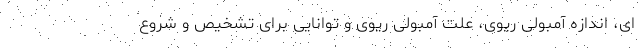
ای، اندازه آمبولی ریوی، علت آمبولی ریوی و توانایی برای تشخیص و شروع